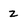
Character: z